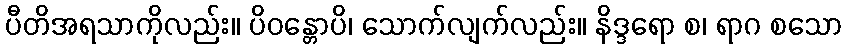
ပီတိအရသာကိုလည်း။ ပိဝန္တောပိ၊ သောက်လျက်လည်း။ နိဒ္ဒရော စ၊ ရာဂ စသော